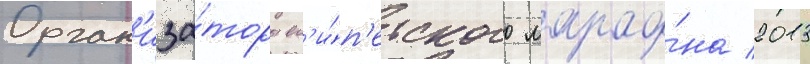
Орган'иза́торы ег'и́п'етского марафо́на 2013